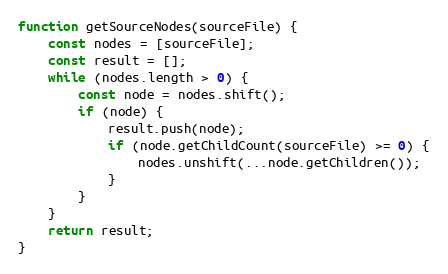
Language: JavaScript
function getSourceNodes(sourceFile) {
    const nodes = [sourceFile];
    const result = [];
    while (nodes.length > 0) {
        const node = nodes.shift();
        if (node) {
            result.push(node);
            if (node.getChildCount(sourceFile) >= 0) {
                nodes.unshift(...node.getChildren());
            }
        }
    }
    return result;
}